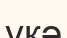
үкә